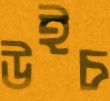
উইচ